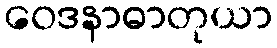
ဝေဒနာဓာတုယာ